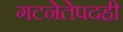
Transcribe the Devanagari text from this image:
गटनेतेपदही